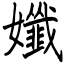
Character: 孅